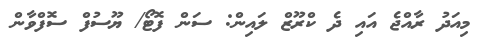
މިއަދު ރާއްޖެ އައި ދެ ކްރޫޒް ލައިން: ސަން ފޮޓޯ/ ޔޫސުފް ސޮފްވާން